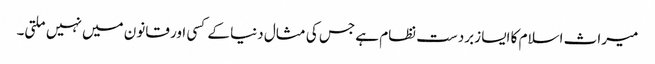
میراث اسلام کا ایسا زبردست نظام ہے جس کی مثال دنیا کے کسی اور قانون میں نہیں ملتی۔